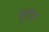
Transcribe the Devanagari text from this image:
मुहन